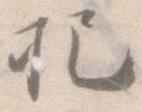
把